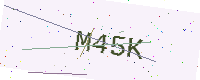
Text: M45K